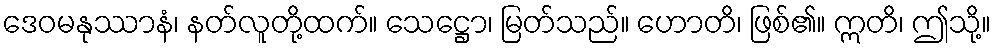
ဒေဝမနုဿာနံ၊ နတ်လူတို့ထက်။ သေဋ္ဌော၊ မြတ်သည်။ ဟောတိ၊ ဖြစ်၏။ ဣတိ၊ ဤသို့။